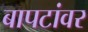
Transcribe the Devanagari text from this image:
बापटांवर